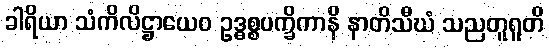
ခါရိယာ သံကိလိဋ္ဌာယေဝ ဥဒ္ဓစ္စပက္ခိကာနိ နာတိသီဃံ သညတူရူတိ